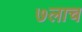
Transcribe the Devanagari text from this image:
७लाच